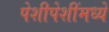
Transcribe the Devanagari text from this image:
पेशीपेशींमध्ये